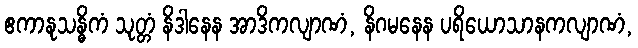
ဧကာနုသန္ဓိကံ သုတ္တံ နိဒါနေန အာဒိကလျာဏံ, နိဂမနေန ပရိယောသာနကလျာဏံ,